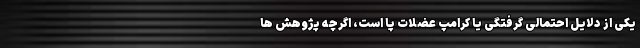
یکی از دلایل احتمالی گرفتگی یا کرامپ عضلات پا است، اگرچه پژوهش ها